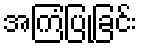
အကြံပြုခြင်း